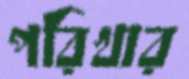
পরিখার